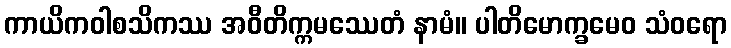
ကာယိကဝါစသိကဿ အဝီတိက္ကမဿေတံ နာမံ။ ပါတိမောက္ခမေဝ သံဝရော